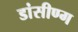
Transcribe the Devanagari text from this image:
डांसीण्ग